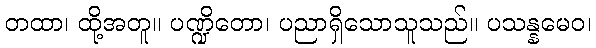
တထာ၊ ထို့အတူ။ ပဏ္ဍိတော၊ ပညာရှိသောသူသည်။ ပသန္နမေဝ၊